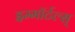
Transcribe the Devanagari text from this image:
इम्मॉर्टल्स्